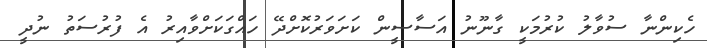
ހެކިންނާ ސުވާލު ކުރުމަކީ ގާނޫނު އަސާސީން ކަށަވަރުކޮށްދޭ ހައްގަކަށްވާއިރު އެ ފުރުސަތު ނުދީ